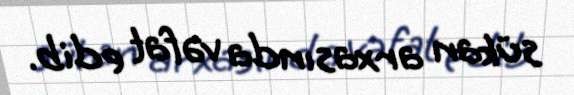
sükan arxasında vəfat edib.